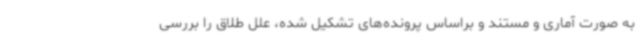
به صورت آماری و مستند و براساس پرونده‌های تشکیل شده، علل طلاق را بررسی